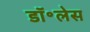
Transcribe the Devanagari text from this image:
डॉ॰लेस